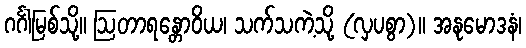
ဂင်္ဂါမြစ်သို့။ ဩတာရန္တောဝိယ၊ သက်သကဲ့သို့ (လှပစွာ)။ အနုမောဒနံ၊